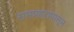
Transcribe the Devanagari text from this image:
रामप्रहरापासून